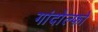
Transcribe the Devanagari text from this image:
गांदोल्फो